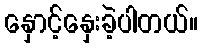
နှောင့်နှေးခဲ့ပါတယ်။